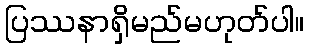
ပြဿနာရှိမည်မဟုတ်ပါ။